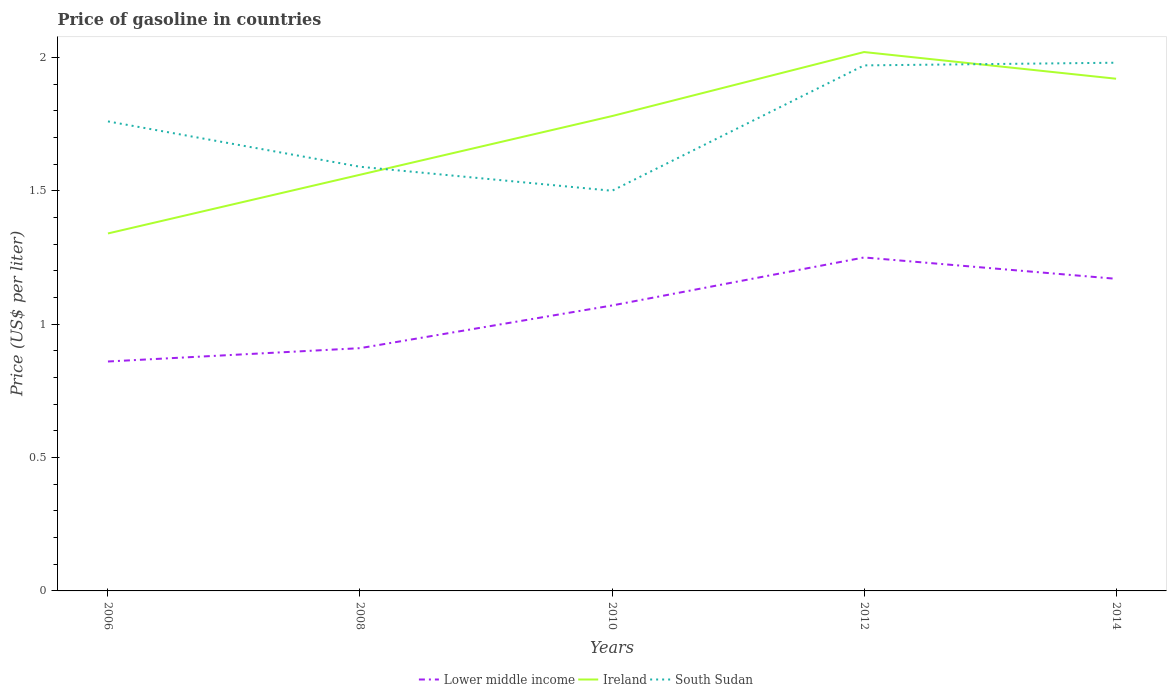
| Years | Lower middle income | Ireland | South Sudan |
 | --- | --- | --- | --- |
 | 2006 | 0.86 | 1.34 | 1.76 |
 | 2008 | 0.91 | 1.56 | 1.59 |
 | 2010 | 1.07 | 1.78 | 1.5 |
 | 2012 | 1.25 | 2.02 | 1.97 |
 | 2014 | 1.17 | 1.92 | 1.98 |